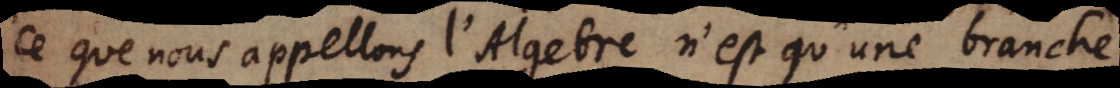
ce que nous appellons l’Algebre n’est qu’une branche